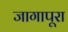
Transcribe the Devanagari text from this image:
जागापूरा